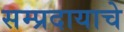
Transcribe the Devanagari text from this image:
सम्प्रदायाचे